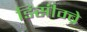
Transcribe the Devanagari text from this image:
डिसीम्ब्रे